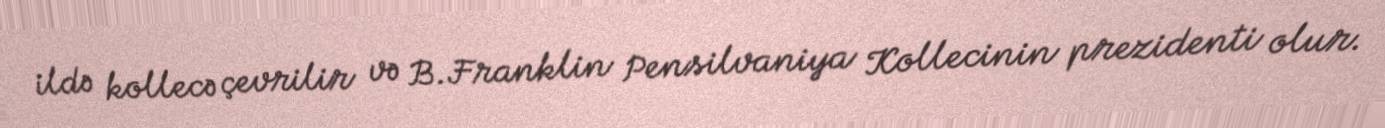
ildə kollecə çevrilir və B.Franklin Pensilvaniya Kollecinin prezidenti olur.